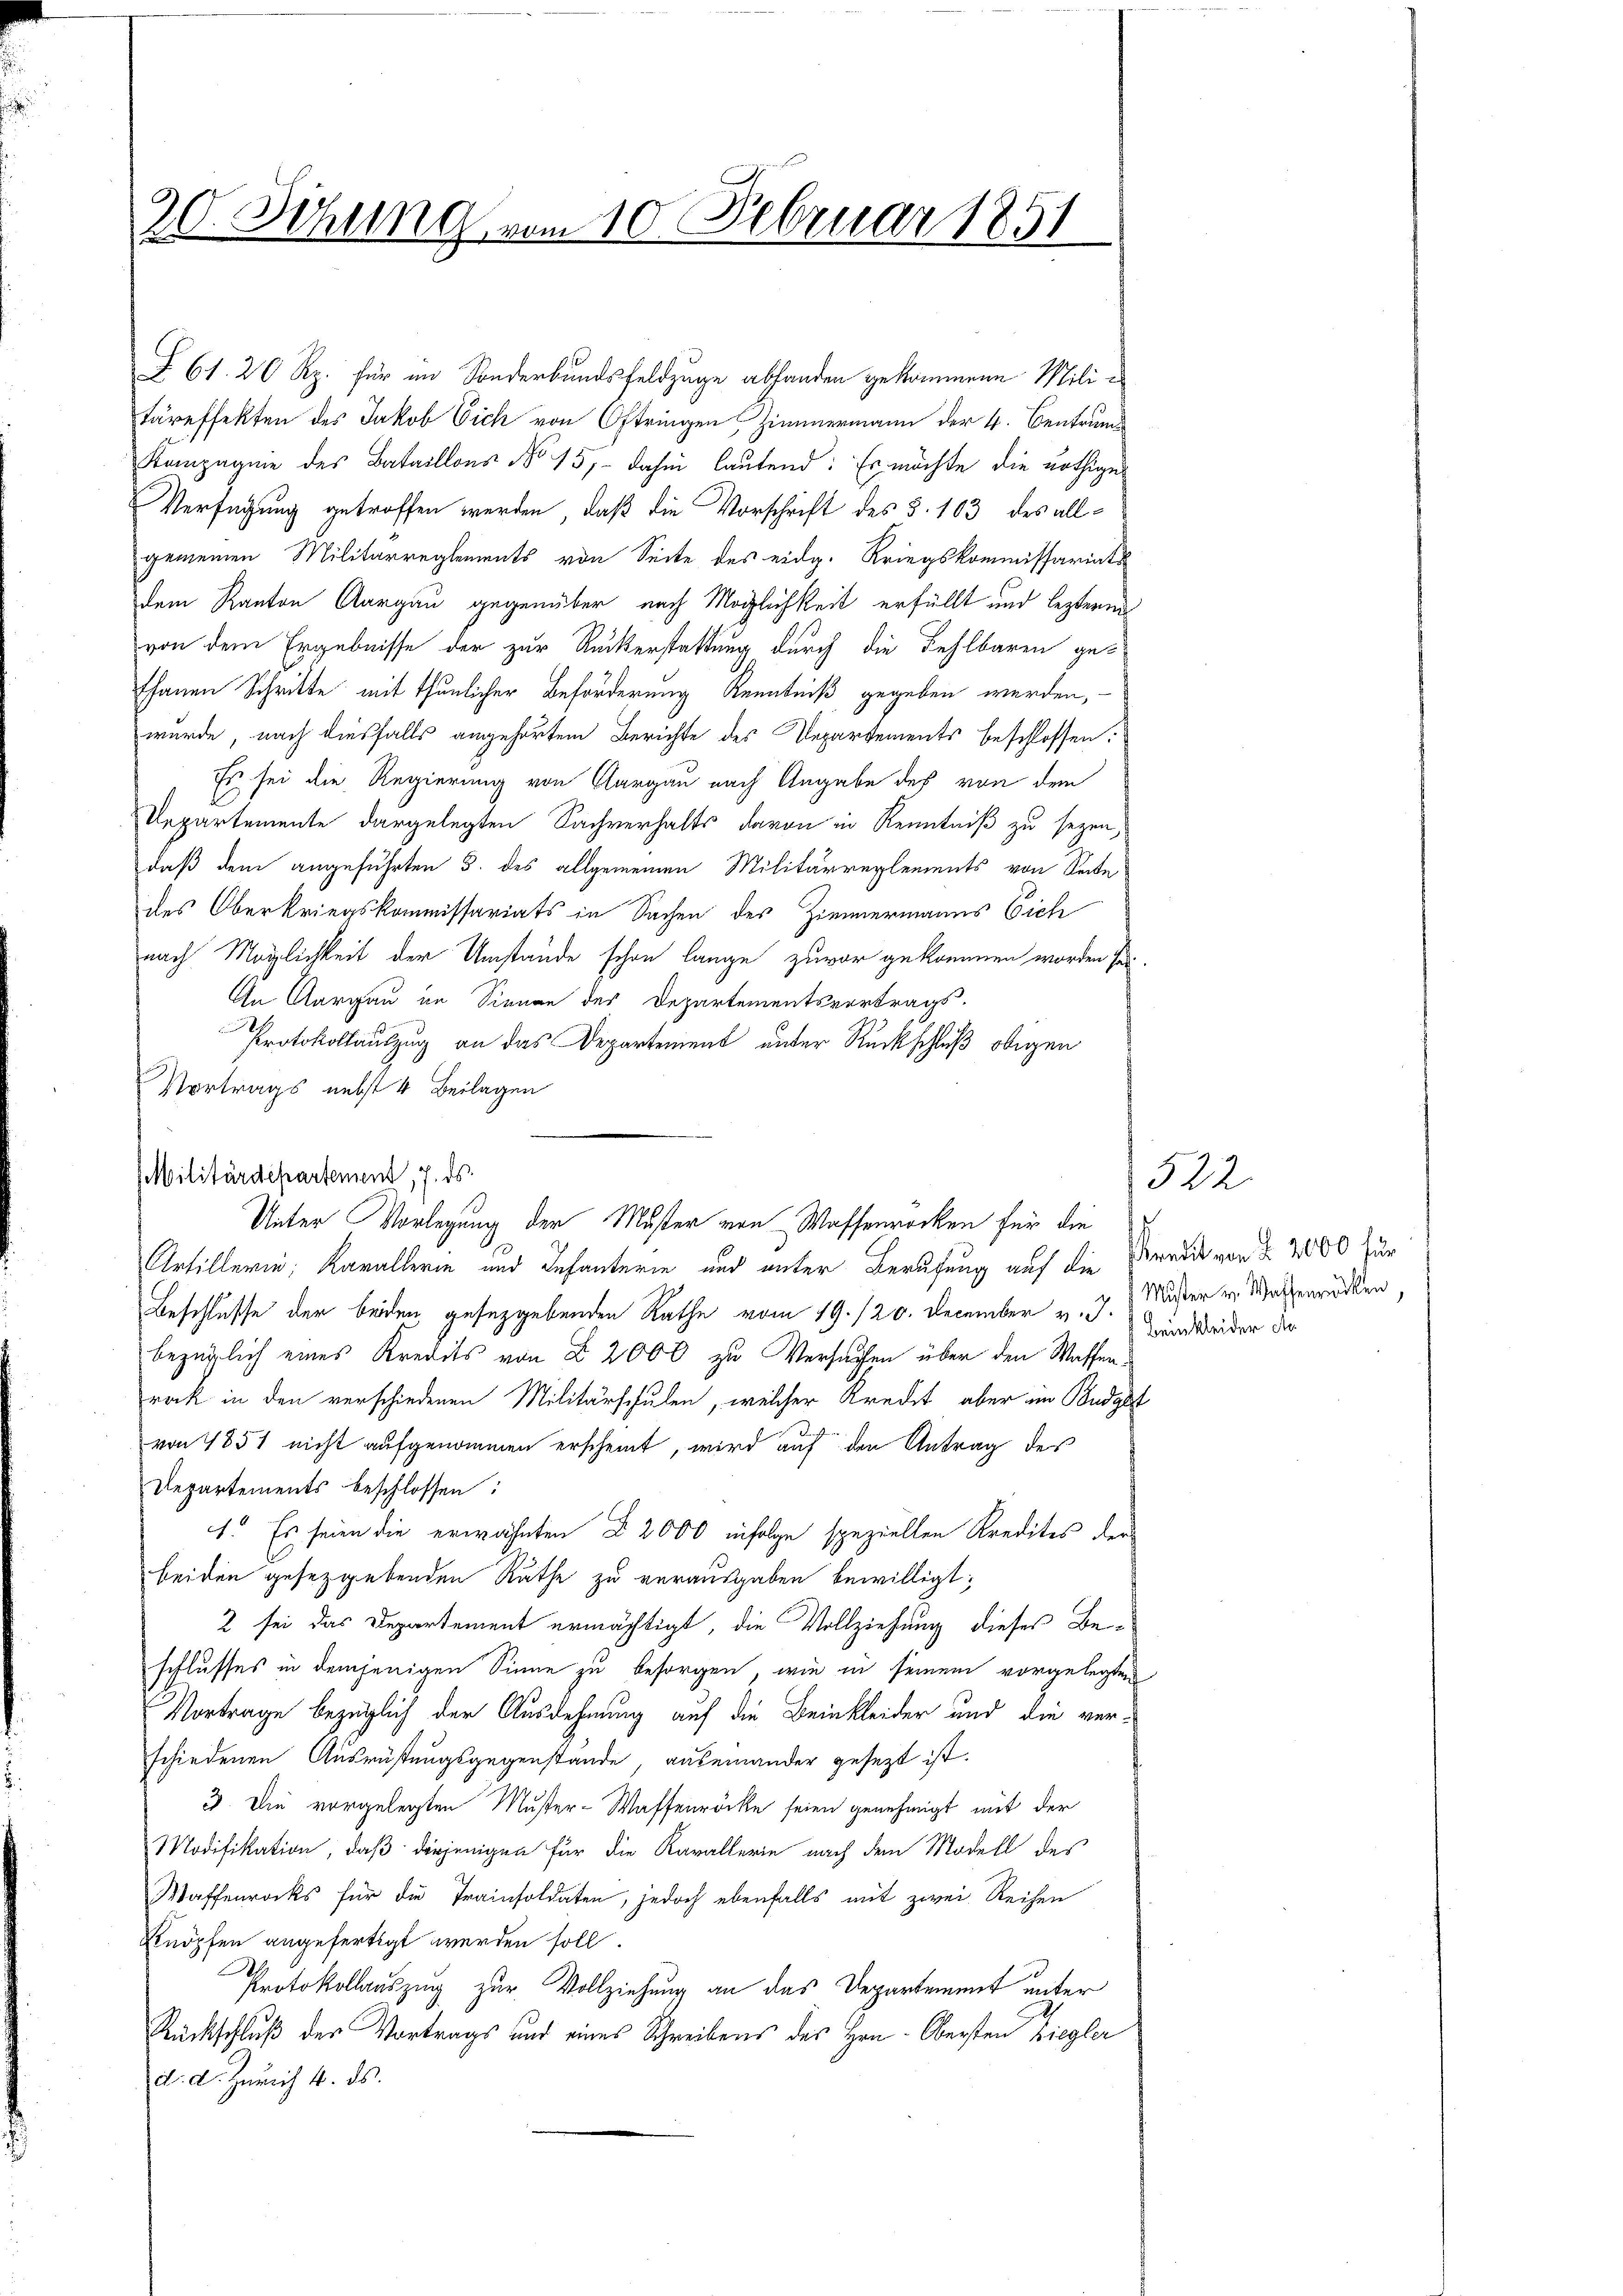
20. Sitzung vom 10. Februar 1851

§ 61. 26 Rp. für im Sonderbundsfeldzüge abfanden gekommene Militäreffekten des Jakob Eich von Oftringen Zimmermann der 4. Centrum
Kompagnie des Bataillons No 15, dahin lautend: Es möchte die nöthige
Verfügung getroffen werden, daß die Vorschrift des §. 163 des allgemeinen Militärreglements von Seite des eidg. Kriegskommissariats
dem Kanton Aargau gegenüber nach Möglichkeit erfüllt und lezteren
von dem Ergebnisse der zur Ruckerstattung durch die Fehlbaren ge-
thanen Schritte mit thunlicher Beförderung Kenntniß gegeben werden,
wurde, nach diesfalls angehörtem Berichte des Departements beschlossen:
Es sei die Regierung von Aargau nach Angabe des von dem
Departemente dargelegten Sachverhalts davon in Kenntniß zu sezen,
daß dem angeführten 5. des allgemeinen Militärreglements von Seite
des Oberkriegskommissariats in Sachen des Zimmermanns Eich
nach Möglichkeit der Umstände schon lange zuvor gekommen worden sei
An Aargau im Sinnen des Departementsvortrags-
Protokollauszug an das Departement unter Rückschluß obigen
Vortrags nebst 4 Beilagen
Artillerin; Kavallerin und Infanterie und unter Berufung auf die Predit von § 2800 zur
Beschlüsse der beiden, gesetzgebenden Rathe vom 19. 120. December v. J. und beider der
bezüglich eines Kredits von § 2000 zu Versuchen über den Waffenrak in den verschiedenen Militärschulen, welcher Kredet, aber im Budget
von 1851 nicht aufgenommen erscheint, wird auf den Antrag des
Departements beschlossen:
1. Es seien die erwähnten § 2000 infolge speziellen Kredites der
beiden gesetzgebenden Rathe zu verausgaben bewilligt;
2 sei das Departement ermächtigt, die Vollziehung dieses Beschlusses in demjenigen Sinne zu besorgen, wie in seinem vorgelegten
Vortrage bezüglich der Ausdehnung auf die Beinkleider und die verschiedenen Ausrüstungsgegenstände, auseinander gesezt ist.
3. Die vorgelegten Muster-Waffenröcke seien genehmigt mit der
Modifikation, daß derjenigen für die Karallerie nach den Modell des
Waffenrocks für die Trainsoldaten, jedoch ebenfalls mit zwei Reihen
Knöpfen angefertigt werden soll.
Protokollauszug zur Vollziehung an das Departement unter
Rückschluß der Vortrags und eines Schreibens des Hrn. Obersten Ziegler
d. d. Zürich 4. ds.

Militärdepartement, 7. ds.

Unter Vorlegung der Muster von Waffenrocken für die

Mister v. Waffenröcken,

522